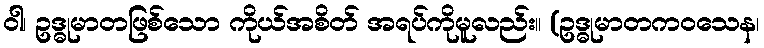
ဝါ၊ ဥဒ္ဓုမာတဖြစ်သော ကိုယ်အစိတ် အရပ်ကိုမူလည်း။ (ဥဒ္ဓုမာတကဝသေန၊